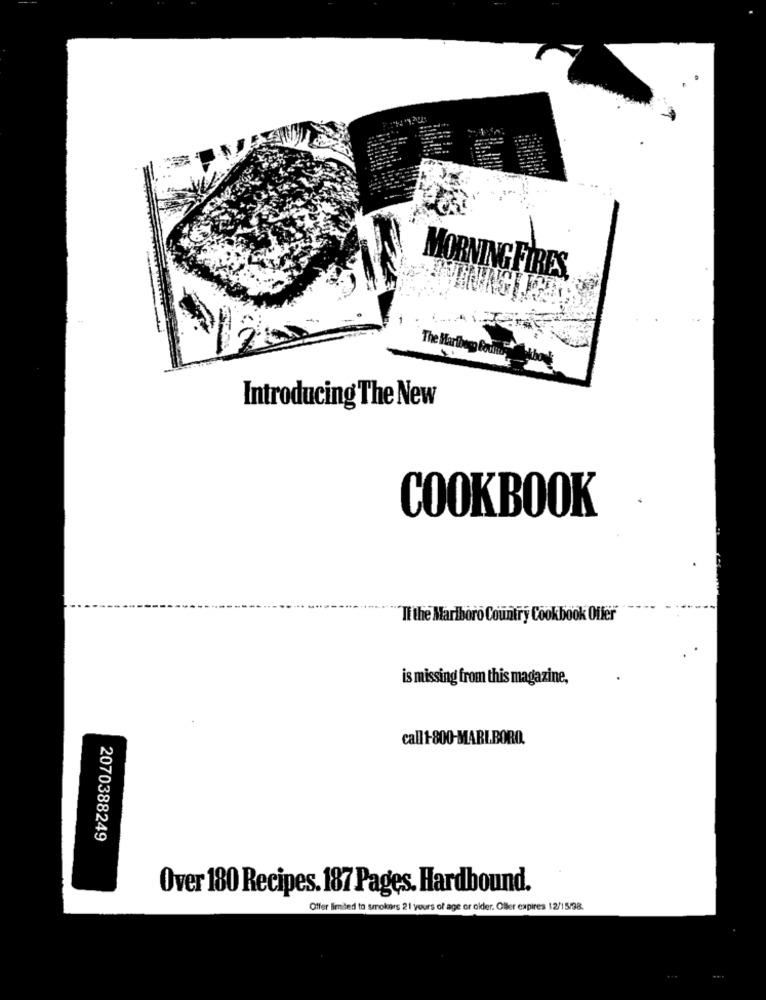
MORNING FIRES,
The Mariberg Foute
Introducing The New
COOKBOOK
Ti the Marlboro Country Cookbook Offer
is missing from this magazine,
call1-800-MARLBORO.
2070388249
Over 180 Recipes. 187 Pages. Hardbound.
Offer limited to smokers 21 yours of age or older. Oller expires 12/15/98.